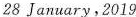
28 January,2019